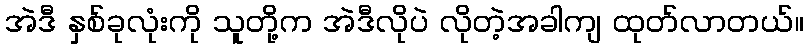
အဲဒီ နှစ်ခုလုံးကို သူတို့က အဲဒီလိုပဲ လိုတဲ့အခါကျ ထုတ်လာတယ်။